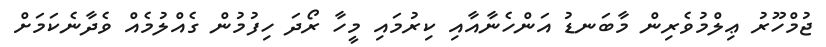
ޖުމްހޫރު ޢިލްމުވެރިން މާބަނޑު އަންހެނާއާއި ކިރުމައި މީހާ ރޯދަ ހިފުމުން ގެއްލުމެއް ވެދާނެކަމަށް